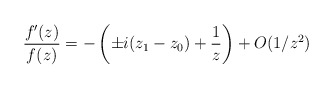
\begin{align*}\frac{f'(z)}{f(z)} = -\left( \pm i(z_1-z_0) + \frac{1}{z} \right) + O(1/z^2)\end{align*}